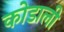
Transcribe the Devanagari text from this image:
कोडाली